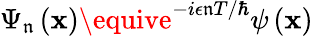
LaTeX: \Psi_{\mathfrak{n}}\left(\mathbf{{x}}\right)\equive^{-i\epsilon\mathfrak{n}T/\hbar}\psi\left(\mathbf{{x}}\right)